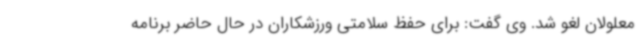
معلولان لغو شد. وی گفت: برای حفظ سلامتی ورزشکاران در حال حاضر برنامه